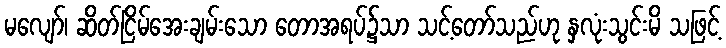
မလျော်၊ ဆိတ်ငြိမ်အေးချမ်းသော တောအရပ်၌သာ သင့်တော်သည်ဟု နှလုံးသွင်းမိ သဖြင့်